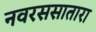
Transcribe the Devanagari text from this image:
नवरससातारा